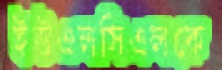
ইউএলসিএলকে